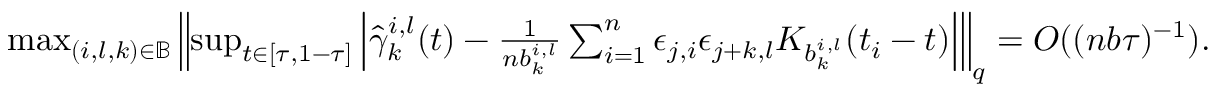
\begin{array} { r } { \operatorname* { m a x } _ { ( i , l , k ) \in \mathbb { B } } \left\| \operatorname* { s u p } _ { t \in [ \tau , 1 - \tau ] } \left| \hat { \gamma } _ { k } ^ { i , l } ( t ) - \frac { 1 } { n b _ { k } ^ { i , l } } \sum _ { i = 1 } ^ { n } \epsilon _ { j , i } \epsilon _ { j + k , l } K _ { b _ { k } ^ { i , l } } ( t _ { i } - t ) \right| \right\| _ { q } = O ( ( n b \tau ) ^ { - 1 } ) . } \end{array}